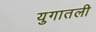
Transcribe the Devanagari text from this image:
युगातली